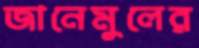
জানেমুলের